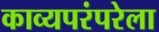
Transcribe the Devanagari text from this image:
काव्यपरंपरेला